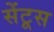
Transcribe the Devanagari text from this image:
सेंटूस